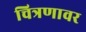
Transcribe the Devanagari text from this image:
चित्रणावर